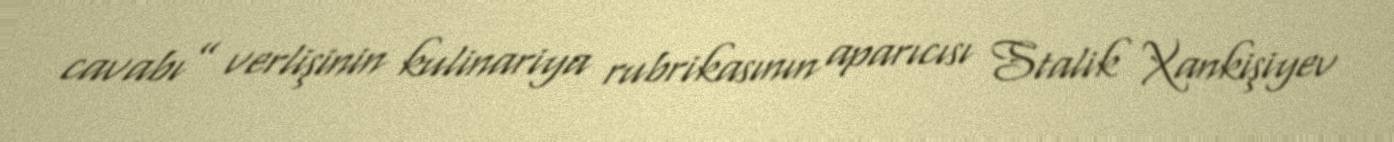
cavabı” verlişinin kulinariya rubrikasının aparıcısı Stalik Xankişiyev